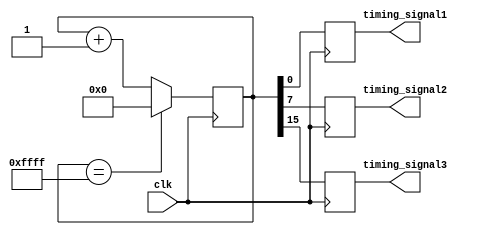
module Timing_Control_Block (
    input wire clk,
    output reg timing_signal1,
    output reg timing_signal2,
    output reg timing_signal3
);

reg [15:0] counter;

always @(posedge clk) begin
    if (counter == 16'hFFFF) begin
        counter <= 16'h0000;
    end else begin
        counter <= counter + 1;
    end
    
    timing_signal1 <= counter[0];
    timing_signal2 <= counter[7];
    timing_signal3 <= counter[15];
end

endmodule